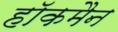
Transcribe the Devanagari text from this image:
हाॅकमैन